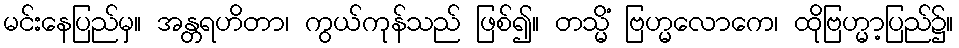
မင်းနေပြည်မှ။ အန္တရဟိတာ၊ ကွယ်ကုန်သည် ဖြစ်၍။ တသ္မိံ ဗြဟ္မလောကေ၊ ထိုဗြဟ္မာ့ပြည်၌။